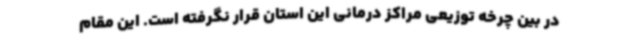
در بین چرخه توزیعی مراکز درمانی این استان قرار نگرفته است. این مقام